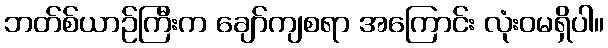
ဘတ်စ်ယာဉ်ကြီးက ချော်ကျစရာ အကြောင်း လုံးဝမရှိပါ။